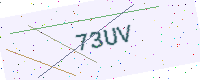
Text: 73UV